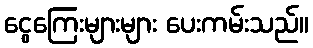
ငွေကြေးများများ ပေးကမ်းသည်။